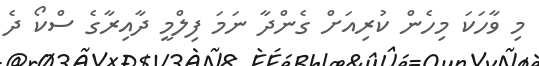
މި ވާހަކަ މިހެން ކުރިއަށް ގެންދާ ނަމަ ފިލްމީ ދާއިރާގެ ސްކޯ ދެ